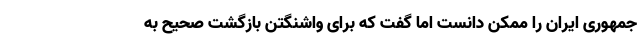
جمهوری ایران را ممکن دانست اما گفت که برای واشنگتن بازگشت صحیح به